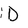
Character: D